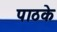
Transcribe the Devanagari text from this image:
पाठके